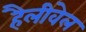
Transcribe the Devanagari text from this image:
हैलीवेल